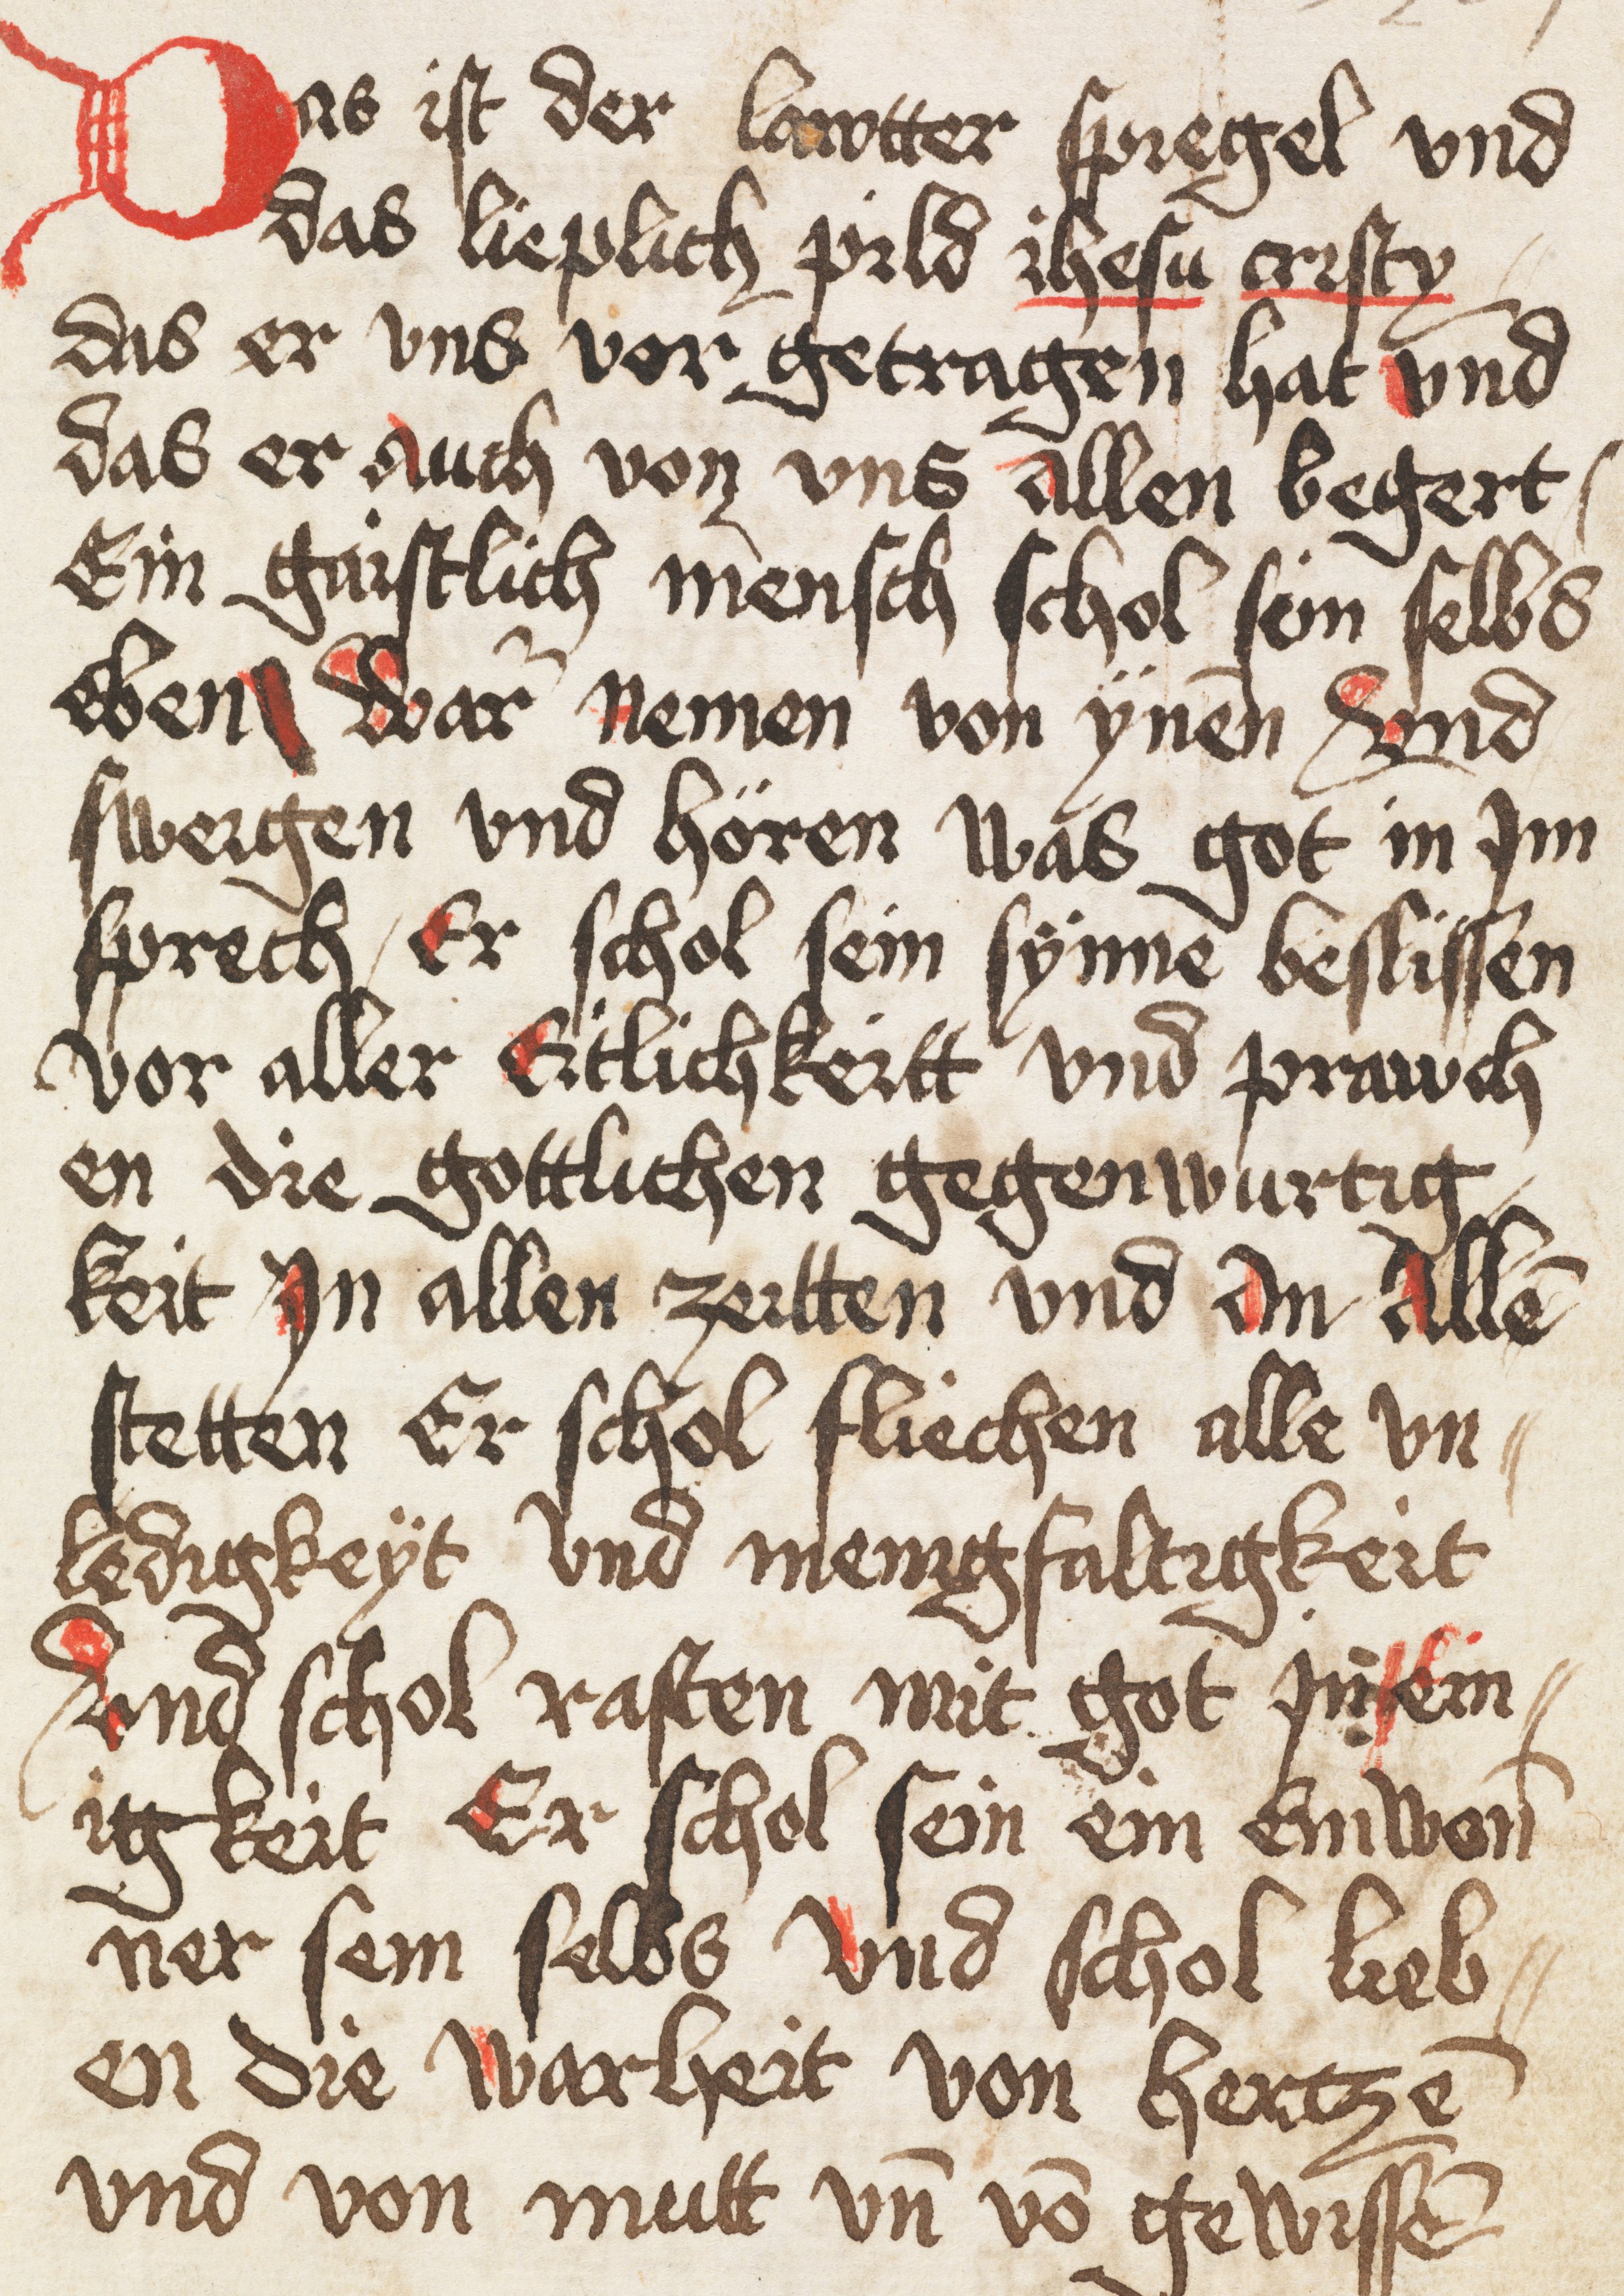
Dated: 1400–1499